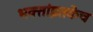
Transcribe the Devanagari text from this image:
भक्तांइतकेच